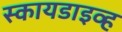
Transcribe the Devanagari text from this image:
स्कायडाइव्ह